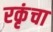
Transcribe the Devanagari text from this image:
रकृंचा